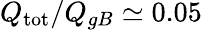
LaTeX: Q_{\mathrm{tot}}/Q_{gB}\simeq 0.05